Annual report of the Imperial Bacteriologist
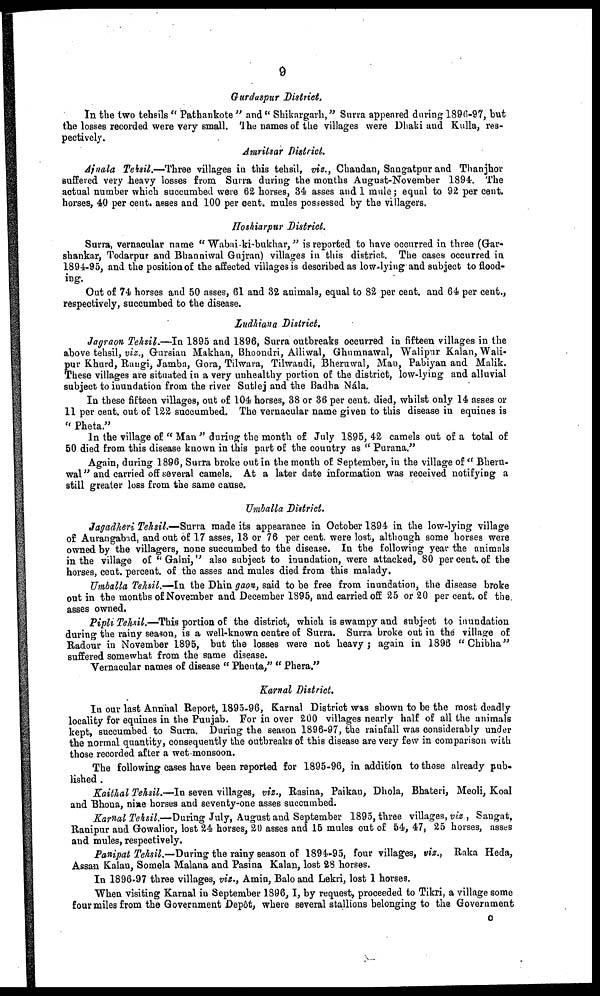
9
Gurdaspur District.
In the two tehsils "Pathankote" and "Shikargarh," Surra appeared during 1896-97, but
the losses recorded were very small. The names of the villages were Dhaki and Kulla, res-
pectively.
Amritsar District.
Ajnala Tehsil.—Three villages in this tehsil, viz., Chandan, Sangatpur and Thanjhor
suffered very heavy losses from Surra during the months August-November 1894. The
actual number which succumbed were 62 horses, 34 asses and 1 mule; equal to 92 per cent.
horses, 40 per cent. asses and 100 per cent. mules possessed by the villagers.
Hoshiarpur District.
Surra, vernacular name "Wabai-ki-bukhar," is reported to have occurred in three (Gar-
shankar, Todarpur and Bhanniwal Gujran) villages in this district. The cases occurred in
1894-95, and the position of the affected villages is described as low-lying and subject to flood-
ing.
Out of 74 horses and 50 asses, 61 and 32 animals, equal to 82 per cent. and 64 per cent.,
respectively, succumbed to the disease.
Ludhiana District.
Jagraon Tehsil.—In 1895 and 1896, Surra outbreaks occurred in fifteen villages in the
above tehsil, viz., Gursian Makhan, Bhoondri, Alliwal, Ghumnawal, Walipur Kalan, Wali-
pur Khurd, Rangi, Jamba, Gora, Tilwara, Tilwandi, Bheruwal, Man, Pabiyan and Malik.
These villages are situated in a very unhealthy portion of the district, low-lying and alluvial
subject to inundation from the river Sutlej and the Badha Nála.
In these fifteen villages, out of 104 horses, 38 or 36 per cent. died, whilst only 14 asses or
11 per cent. out of 122 succumbed. The vernacular name given to this disease in equines is
"Pheta."
In the village of "Man" during the month of July 1895, 42 camels out of a total of
50 died from this disease known in this part of the country as "Purana."
Again, during 1896, Surra broke out in the month of September, in the village of " Bhern¬
wal" and carried off several camels. At a later date information was received notifying a
still greater loss from the same cause.
Umballa District.
Jagadheri Tehsil.—Surra made its appearance in October 1894 in the low-lying village
of Aurangabad, and out of 17 asses, 13 or 76 per cent. were lost, although some horses were
owned by the villagers, none succumbed to the disease. In the following year the animals
in the village of "Galni," also subject to inundation, were attacked, 80 per cent. of the
horses, cent. percent. of the asses and mules died from this malady.
Umballa Tehsil.—In the Dhin gaon, said to be free from inundation, the disease broke
out in the months of November and December 1895, and carried off 25 or 20 per cent. of the
asses owned.
Pipli Tehsil.—This portion of the district, which is swampy and subject to inundation
during the rainy season, is a well-known centre of Surra. Surra broke out in the village of
Radour in November 1895, but the losses were not heavy; again in 1896 "Chibha"
suffered somewhat from the same disease.
Vernacular names of disease "Phenta," "Phera."
Karnal District.
In our last Annual Report, 1895-96, Karnal District was shown to be the most deadly
locality for equines in the Punjab. For in over 200 villages nearly half of all the animals
kept, succumbed to Surra. During the season 1896-97, the rainfall was considerably under
the normal quantity, consequently the outbreaks of this disease are very few in comparison with
those recorded after a wet monsoon.
The following cases have been reported for 1895-96, in addition to those already pub-
lished .
Kaithal Tehsil.—In seven villages, viz., Rasina, Paikan, Dhola, Bhateri, Meoli, Koal
and Bhona, nine horses and seventy-one asses succumbed.
Karnal Tehsil.—During July, August and September 1895, three villages, viz., Sangat,
Ranipur and Gowalior, lost 24 horses, 20 asses and 15 mules out of 54, 47, 25 horses, asses
and mules, respectively.
Panipat Tehsil.— During the rainy season of 1894-95, four villages, viz., Raka Heda,
Assan Kalan, Somela Malana and Pasina Kalan, lost 28 horses.
In 1896-97 three villages, viz., Amin, Balo and Lekri, lost 1 horses.
When visiting Karnal in September 1896,I, by request, proceeded to Tikri, a village some
four miles from the Government Depôt, where several stallions belonging to the Government
C